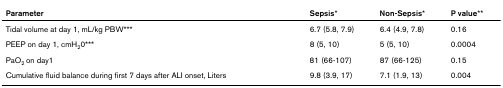
<table><thead><tr><td><b>Parameter</b></td><td><b>Sepsis*</b></td><td><b>Non-Sepsis*</b></td><td><b>P value**</b></td></tr></thead><tbody><tr><td>Tidal volume at day 1, mL/kg PBW***</td><td>6.7 (5.8, 7.9)</td><td>6.4 (4.9, 7.8)</td><td>0.16</td></tr><tr><td>PEEP on day 1, cmH<sub>2</sub>0***</td><td>8 (5, 10)</td><td>5 (5, 10)</td><td>0.0004</td></tr><tr><td>PaO<sub>2 </sub>on day1</td><td>81 (66-107)</td><td>87 (66-125)</td><td>0.15</td></tr><tr><td>Cumulative fluid balance during first 7 days after ALI onset, Liters</td><td>9.8 (3.9, 17)</td><td>7.1 (1.9, 13)</td><td>0.004</td></tr></tbody></table>